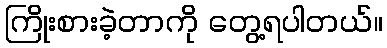
ကြိုးစားခဲ့တာကို တွေ့ရပါတယ်။